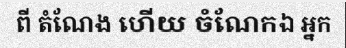
ពី តំណែង ហើយ ចំណែកឯ អ្នក